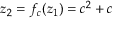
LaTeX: z _ { 2 } = f _ { c } ( z _ { 1 } ) = c ^ { 2 } + c